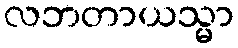
လဘတာယသ္မာ